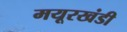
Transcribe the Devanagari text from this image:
मयूरखंडी